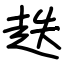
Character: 趃